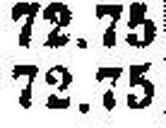
72.75